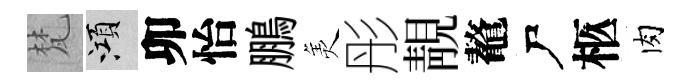
梵澒卯怡鵬羙彤靚鼇尸柩肉